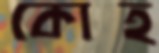
কোহ